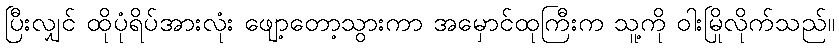
ပြီးလျှင် ထိုပုံရိပ်အားလုံး ဖျော့တော့သွားကာ အမှောင်ထုကြီးက သူ့ကို ဝါးမြိုလိုက်သည်။